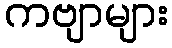
ကဗျာများ